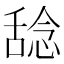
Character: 𫫞